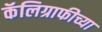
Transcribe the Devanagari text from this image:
कॅलिग्राफीच्या